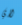
لاي